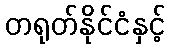
တရုတ်နိုင်ငံနှင့်